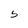
Character: S